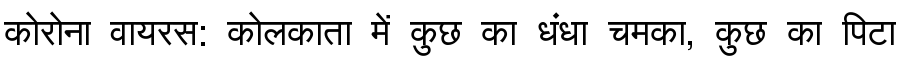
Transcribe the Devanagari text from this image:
कोरोना वायरस: कोलकाता में कुछ का धंधा चमका, कुछ का पिटा